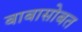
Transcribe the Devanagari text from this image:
बाबासोबत